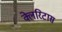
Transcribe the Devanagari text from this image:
क्लेरिटास